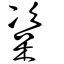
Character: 楶